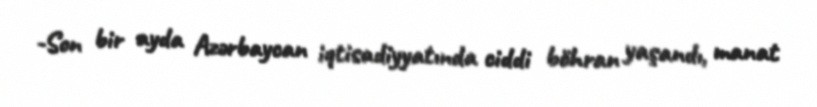
-Son bir ayda Azərbaycan iqtisadiyyatında ciddi böhran yaşandı, manat